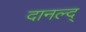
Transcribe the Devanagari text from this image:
दानल्द्